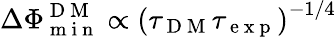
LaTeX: \Delta\Phi_{\mathrm{~m~i~n~}}^{\mathrm{~D~M~}}\propto\left(\tau_{\mathrm{~D~M~}}\tau_{\mathrm{~e~x~p~}}\right)^{-1/4}